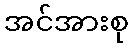
အင်အားစု